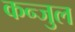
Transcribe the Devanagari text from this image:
कन्जुल